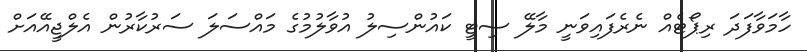
ހާމަވާފަދަ ރިޕޯޓެއް ނެރެފައިވަނީ މާލޭ ސިޓީ ކައުންސިލު އުވާލުމުގެ މައްސަލަ ސަރުކާރުން އެލްޖީއޭއަށް